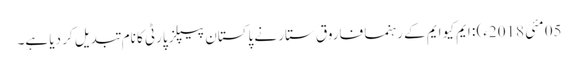
05 مئی 2018ء) : ایم کیو ایم کے رہنما فاروق ستار نے پاکستان پیپلز پارٹی کا نام تبدیل کر دیا ہے۔